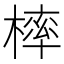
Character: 𣘚